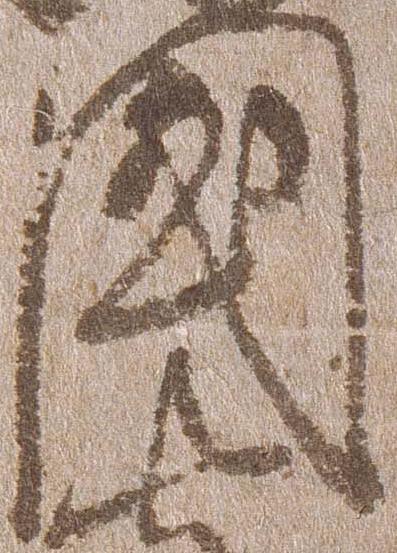
国